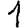
Digit: 1